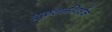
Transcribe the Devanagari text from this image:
मूळशक्तीवर्धक